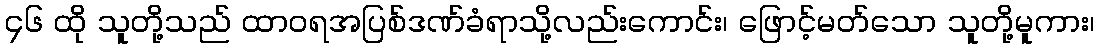
၄၆ ထို သူတို့သည် ထာဝရအပြစ်ဒဏ်ခံရာသို့လည်းကောင်း၊ ဖြောင့်မတ်သော သူတို့မူကား၊